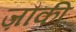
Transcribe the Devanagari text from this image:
ज़ौकी